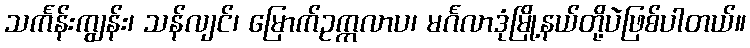
သင်္ကန်းကျွန်း၊ သန်လျင်၊ မြောက်ဥက္ကလာပ၊ မင်္ဂလာဒုံမြို့နယ်တို့ပဲဖြစ်ပါတယ်။